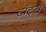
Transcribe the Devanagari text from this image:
टॉट्स